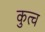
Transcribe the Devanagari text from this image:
कुत्च